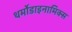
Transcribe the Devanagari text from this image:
थर्मोडाइनामिक्स